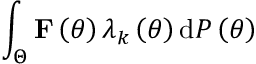
\int _ { \Theta } { \bf F } \left( \theta \right) \lambda _ { k } \left( \theta \right) \mathrm { d } { \cal P } \left( \theta \right)